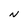
Character: N